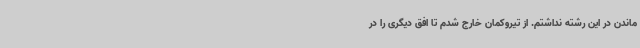
ماندن در این رشته نداشتم. از تیروکمان خارج شدم تا افق دیگری را در